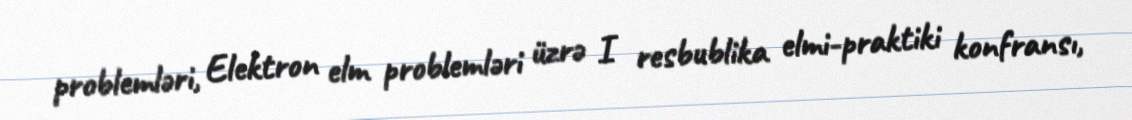
problemləri, Elektron elm problemləri üzrə I resbublika elmi-praktiki konfransı,